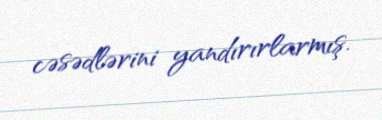
cəsədlərini yandırırlarmış.